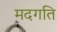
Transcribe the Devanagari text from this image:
मदगति